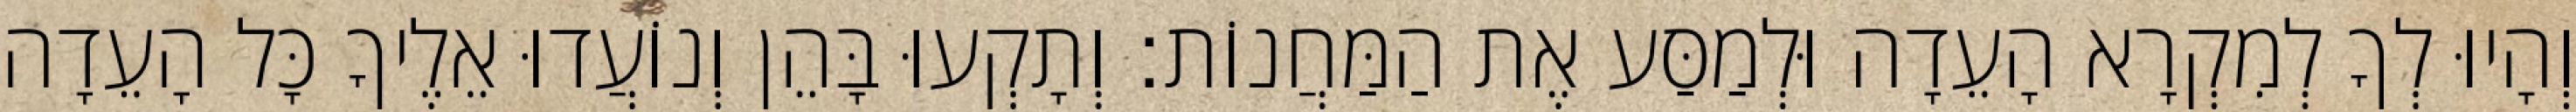
וְהָיוּ לְךָ לְמִקְרָא הָעֵדָה וּלְמַסַּע אֶת הַמַּחֲנוֹת׃ וְתָקְעוּ בָּהֵן וְנוֹעֲדוּ אֵלֶיךָ כָּל הָעֵדָה